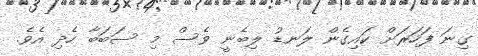
ގިނަ ފަހަރަށް ކައިގެން ލަނޑު ލިބެނީ ވެސް މި ސަބަބާ ހެދި އެވެ.